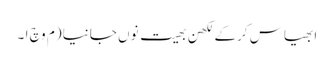
ابھیاس کرکے لکھن بھیت نوں جانیا (م وچ ا ۔